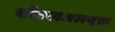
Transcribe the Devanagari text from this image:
शीतलजलयुक्त